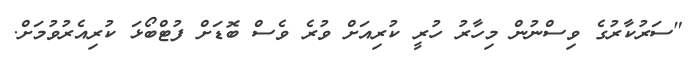
"ސަރުކާރުގެ ވިސްނުން މިހާރު ހުރީ ކުރިއަށް ވުރެ ވެސް ބޮޑަށް ފުޓްބޯޅަ ކުރިއެރުވުމަށް.